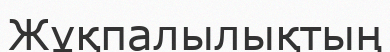
Жұқпалылықтың